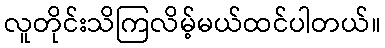
လူတိုင်းသိကြလိမ့်မယ်ထင်ပါတယ်။